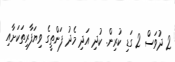
2 ދުވަސް 2 ގަޑި ކުރިން. ކުދި އަދި މެދު ފަންތީގެ ވިޔަފާރިތަކަށާއި